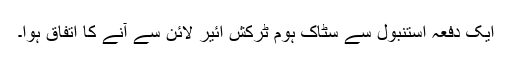
ایک دفعہ استنبول سے سٹاک ہوم ٹرکش ائیر لائن سے آنے کا اتفاق ہوا۔